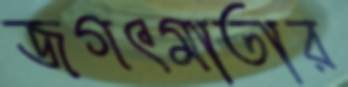
জগৎমাতার